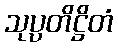
သုပ္ပတိဋ္ဌိတံ